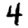
Digit: 4